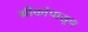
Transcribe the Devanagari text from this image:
ग्रीकांपासून